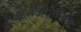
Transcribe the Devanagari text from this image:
गोनॅडोट्रोपिन